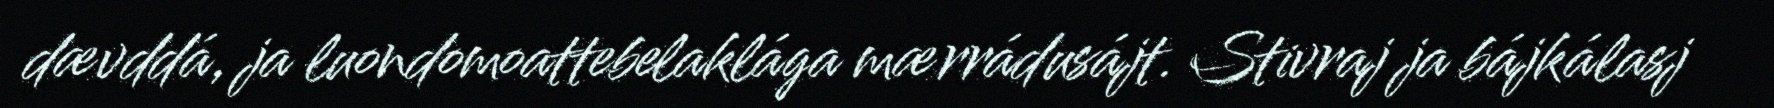
dævddá, ja luondomoattebelaklága mærrádusájt. Stivraj ja bájkálasj